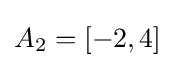
A_{2}=[-2,4]